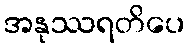
အနုဿရတိပေ